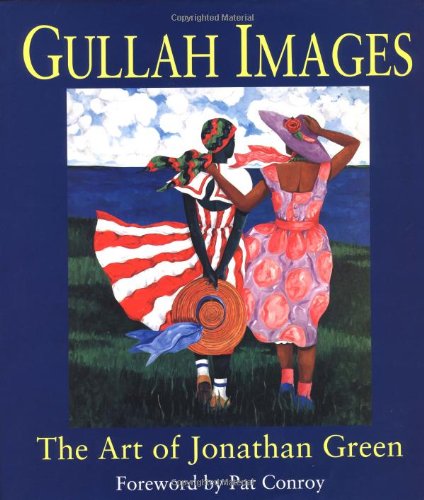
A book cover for Gullah Images: The Art of Jonathan Green; Arts & Photography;